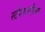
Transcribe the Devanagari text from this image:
स्टेशनरीचा